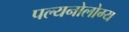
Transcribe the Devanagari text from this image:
पल्यनोलोग्य